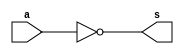
// Exemplo0025 - COMPLEMENTO DE 2
// Nome: Jonatas Sena Ferreira

module complement1(output s, input a);

	not NOT1(s,a);

endmodule // complement1

module halfAdder(output s1, output s0, input a, input b);

	xor XOR1(s0,a,b);
	and AND1(s1,a,b);
endmodule //halfAdder

module Complement2(output [0:5]s, input [0:5]a);

	wire [0:5]s0;
	wire [0:6]s1;

	complement1 C1(s0[5],a[5]);
	complement1 C2(s0[4],a[4]);
	complement1 C3(s0[3],a[3]);
	complement1 C4(s0[2],a[2]);
	complement1 C5(s0[1],a[1]);
	complement1 C6(s0[0],a[0]);
	
	not NOT1(s1[6],a[5]);
	xor XOR1(s1[5],a[5],s1[6]);
	
	halfAdder H1(s1[4],s[5],s0[5],s1[5]);
	halfAdder H2(s1[3],s[4],s0[4],s1[4]);
	halfAdder H3(s1[2],s[3],s0[3],s1[3]);
	halfAdder H4(s1[1],s[2],s0[2],s1[2]);
	halfAdder H5(s1[0],s[1],s0[1],s1[1]);
	xor XOR2(s[0],s0[0],s1[0]);

endmodule //Complement2

//------------------
module testComplement2;

reg [0:5]a = 6'b000000;
wire [0:5]s;

Complement2 C1(s,a);


initial
	begin

	$display ("Exemplo0025 - Jonatas Sena Ferreira - 427424");
	$display ("COMPLEMENTO DE 2 ");
	
	#1 $display ("C2(%b) = %b",a,s);
		a = 6'b110011;
	#1 $display ("C2(%b) = %b",a,s);
		a = 6'b010110;
	#1 $display ("C2(%b) = %b",a,s);
		a = 6'b011110;
	#1 $display ("C2(%b) = %b",a,s);
	
	end

endmodule //testComplement2